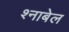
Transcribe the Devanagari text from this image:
श्नाबेल